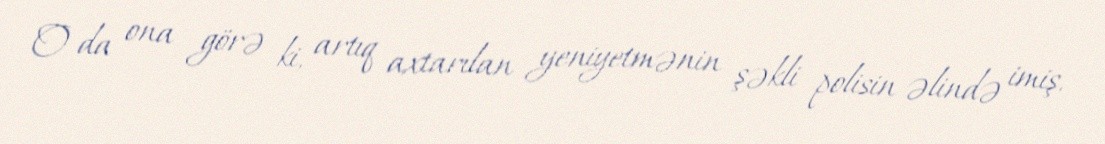
O da ona görə ki, artıq axtarılan yeniyetmənin şəkli polisin əlində imiş.